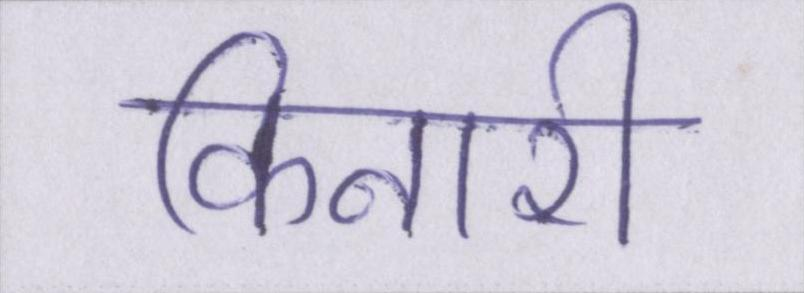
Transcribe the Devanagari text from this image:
किनारी